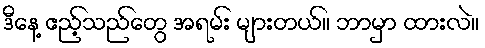
ဒီနေ့ ဧည့်သည်တွေ အရမ်း များတယ်။ ဘာမှာ ထားလဲ။